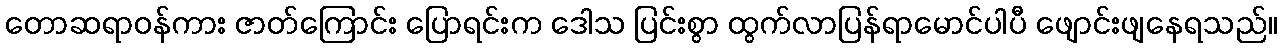
တောဆရာဝန်ကား ဇာတ်ကြောင်း ပြောရင်းက ဒေါသ ပြင်းစွာ ထွက်လာပြန်ရာမောင်ပါပီ ဖျောင်းဖျနေရသည်။